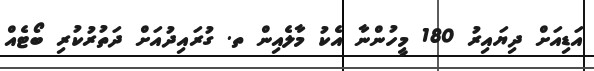
އަޑިއަށް ދިޔައިރު 180 މީހުންނާ އެކު މާލެއިން ތ. ގުރައިދުއަށް ދަތުރުކުރި ބޯޓެއް